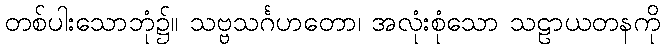
တစ်ပါးသောဘုံ၌။ သဗ္ဗသင်္ဂဟတော၊ အလုံးစုံသော သဠာယတနကို